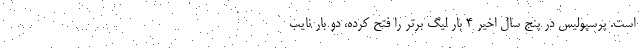
است. پرسپولیس در پنج سال اخیر 4 بار لیگ برتر را فتح کرده، دو بار نایب